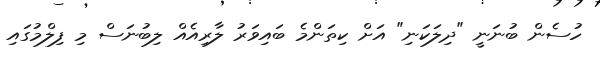
ހުސެން ބުނަނީ "ދިލަކަނި" އަށް ކިތަންމެ ބައިވަރު ލާރިއެއް ލިބުނަސް މި ފިލްމުގައި